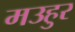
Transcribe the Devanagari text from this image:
मउहुर